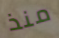
منذ